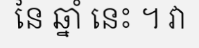
នៃ ឆ្នាំ នេះ ។ វា